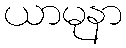
ယာမုနာ